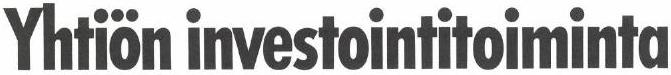
Yhtiön investointitoiminta